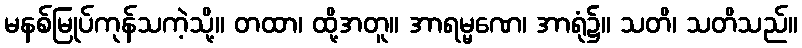
မနစ်မြုပ်ကုန်သကဲ့သို့။ တထာ၊ ထို့အတူ။ အာရမ္မဏေ၊ အာရုံ၌။ သတိ၊ သတိသည်။